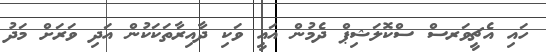
ހައި އެޗީވަރސް ސްކޮލަޝިޕް ދެމުން އައީ ވަކި ދާއިރާތަކަކުން އަދި ވަރަށް މަދު